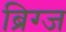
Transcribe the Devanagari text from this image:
ब्रिग्ज